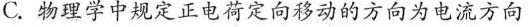
C.物理学中规定正电荷定向移动的方向为电流方向